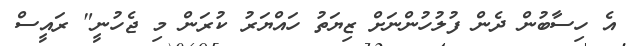
އެ ހިސާބުން ދެން ފުލުހުންނަށް ޒިޔަތު ހައްޔަރު ކުރަން މި ޖެހުނީ" ރައީސް